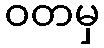
ဝတမှ